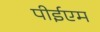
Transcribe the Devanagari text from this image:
पीईएम